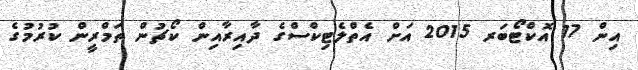
އިން 17 އޮކްޓޯބަރ 2015 އަށް އެތްލެޓިކްސްގެ ދާއިރާއިން ކޯޗުން ތަމްރީން ކުރުމުގެ